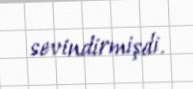
sevindirmişdi.